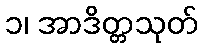
၁၊ အာဒိတ္တသုတ်